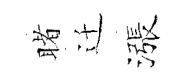
睹迁漲